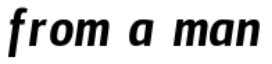
from a man